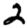
Digit: 2